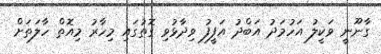
ގާނޫނީ ވަކީލު އަހުމަދު އަބްދު އަފީފު ވިދާޅުވި ގޮތުގައި މިހާރު މިއޮތް ހާލަތަށް